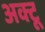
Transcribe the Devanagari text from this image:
अक्टू